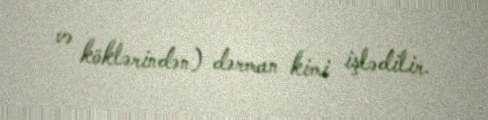
və köklərindən) dərman kimi işlədilir.